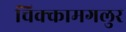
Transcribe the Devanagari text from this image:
चिक्कामगलुर